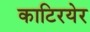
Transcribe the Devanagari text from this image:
काटिरयेर